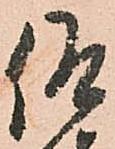
仰